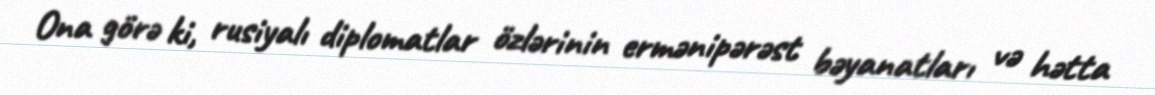
Ona görə ki, rusiyalı diplomatlar özlərinin ermənipərəst bəyanatları və hətta